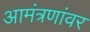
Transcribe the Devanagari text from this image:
आमंत्रणांवर